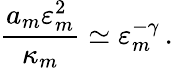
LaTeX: \frac{a_{m}\varepsilon_{m}^{2}}{\kappa_{m}}\simeq\varepsilon_{m}^{-\gamma}\, .